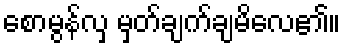
စောမွန်လှ မှတ်ချက်ချမိလေ၏။